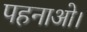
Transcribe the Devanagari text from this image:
पहनाओ।